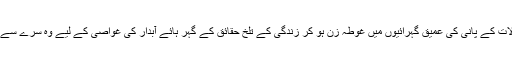
اپنے بحر خیالات کے پانی کی عمیق گہرائیوں میں غوطہ زن ہو کر زندگی کے تلخ حقائق کے گہر ہائے آبدار کی غواصی کے لیے وہ سرے سے آمادہ ہی نہیں۔